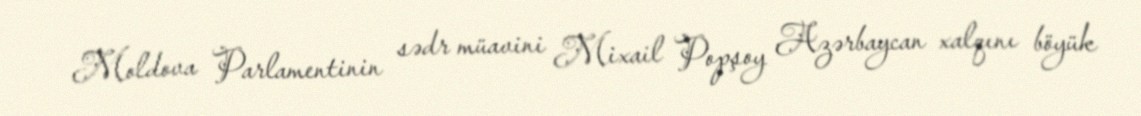
Moldova Parlamentinin sədr müavini Mixail Popşoy Azərbaycan xalqını böyük